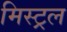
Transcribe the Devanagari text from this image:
मिस्ट्रल